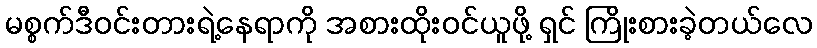
မစ္စက်ဒီဝင်းတားရဲ့နေရာကို အစားထိုးဝင်ယူဖို့ ရှင် ကြိုးစားခဲ့တယ်လေ